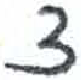
אות: צ